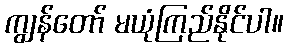
ကျွန်တော် မယုံကြည်နိုင်ပါ။